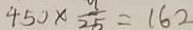
4 5 0 \times \frac { 9 } { 2 5 } = 1 6 2